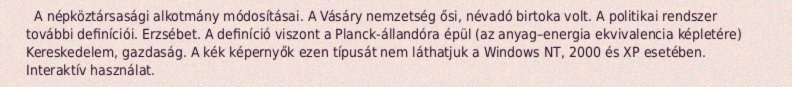
A népköztársasági alkotmány módosításai. A Vásáry nemzetség ősi, névadó birtoka volt. A politikai rendszer további definíciói. Erzsébet. A definíció viszont a Planck-állandóra épül (az anyag–energia ekvivalencia képletére) Kereskedelem, gazdaság. A kék képernyők ezen típusát nem láthatjuk a Windows NT, 2000 és XP esetében. Interaktív használat.